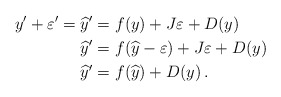
\begin{align*}y' + \varepsilon' = \widehat{y}' &= f(y) + J \varepsilon + D(y)\\\widehat{y}' &= f(\widehat{y}-\varepsilon) + J \varepsilon + D(y)\\\widehat{y}'&= f(\widehat{y}) + D(y)\,.\end{align*}